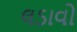
લડાવો